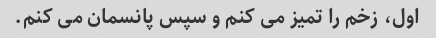
اول، زخم را تمیز می کنم و سپس پانسمان می کنم.